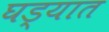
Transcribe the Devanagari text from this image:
घड्यात